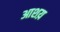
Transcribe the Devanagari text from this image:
आशय़